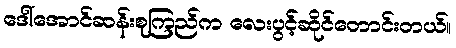
ဒေါ်အောင်ဆန်းစုကြည်က လေးပွင့်ဆိုင်တောင်းတယ်။